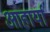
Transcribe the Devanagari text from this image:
आहार्या